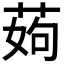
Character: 𦰰